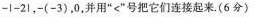
-1-21，-(-3)，0，并用”<”号把它们连接起来.（6分）